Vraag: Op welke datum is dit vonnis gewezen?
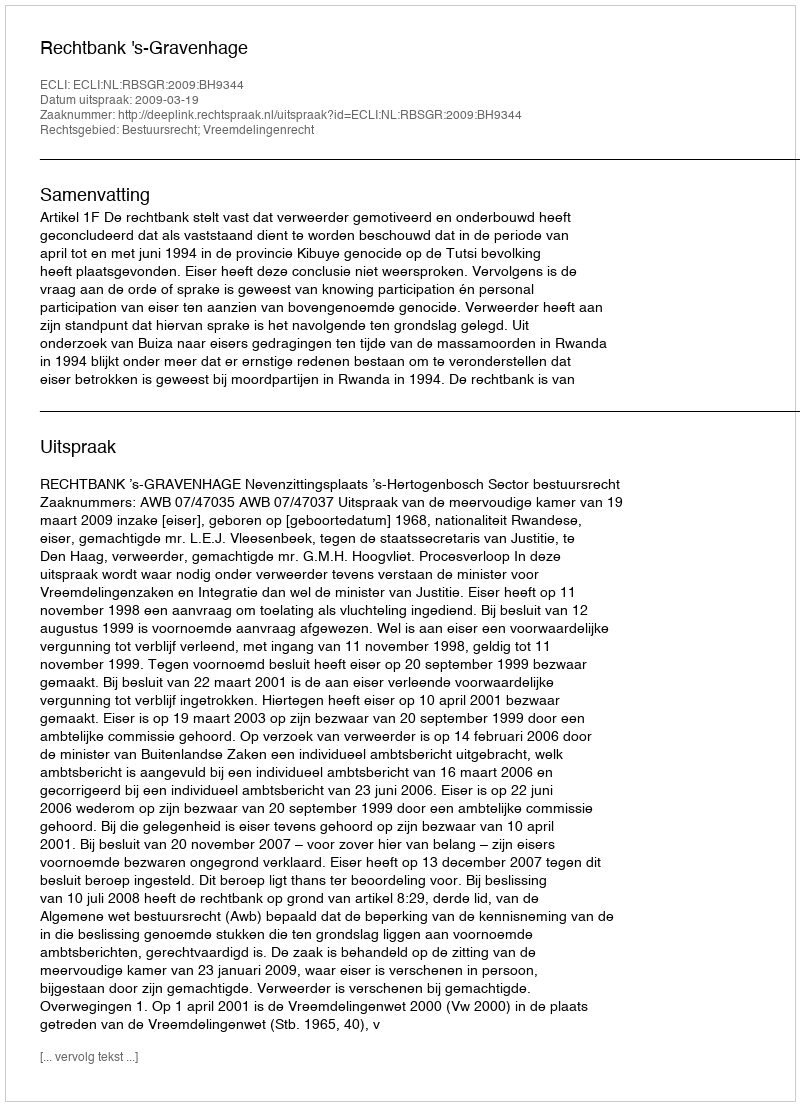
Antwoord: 2009-03-19